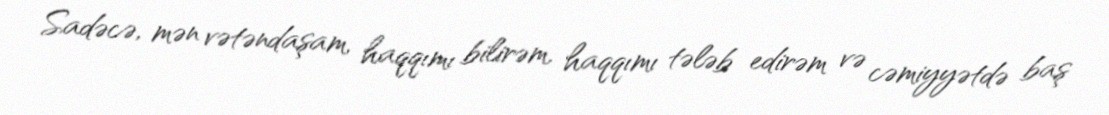
Sadəcə, mən vətəndaşam, haqqımı bilirəm, haqqımı tələb edirəm və cəmiyyətdə baş